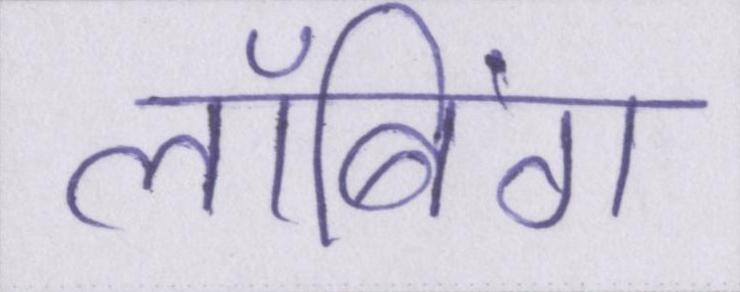
लॉबिंग